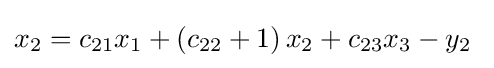
x_{2}=c_{21}x_{1}+\left(c_{22}+1\right)x_{2}+c_{23}x_{3}-y_{2}\